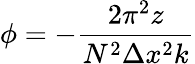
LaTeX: \phi=-\frac{2\pi^{2}z}{N^{2}\Delta x^{2}k}